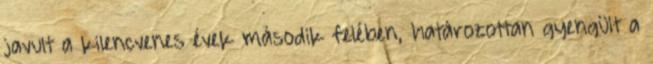
javult a kilencvenes évek második felében, határozottan gyengült a